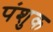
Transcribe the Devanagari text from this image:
पंशुक